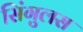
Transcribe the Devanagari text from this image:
सिंगुलस